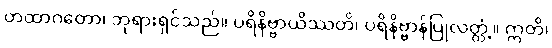
တထာဂတော၊ ဘုရားရှင်သည်။ ပရိနိဗ္ဗာယိဿတိ၊ ပရိနိဗ္ဗာန်ပြုလတ္တံ့။ ဣတိ၊